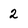
Character: 2